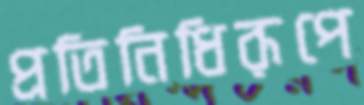
প্রতিনিধিরূপে